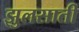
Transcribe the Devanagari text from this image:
झुलसाती